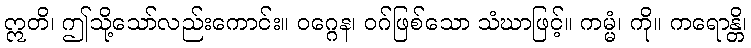
ဣတိ၊ ဤသို့သော်လည်းကောင်း။ ဝဂ္ဂေန၊ ဝဂ်ဖြစ်သော သံဃာဖြင့်။ ကမ္မံ၊ ကို။ ကရောန္တိ၊